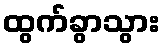
ထွက်ခွာသွား